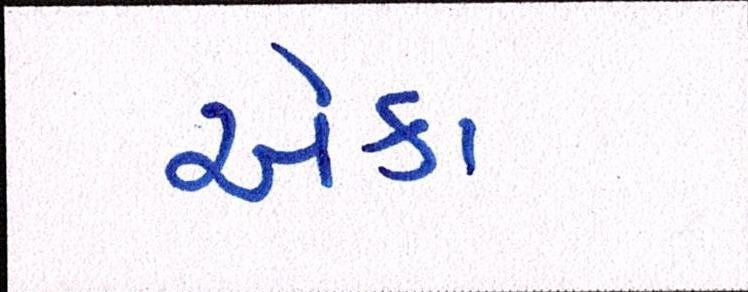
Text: એકા